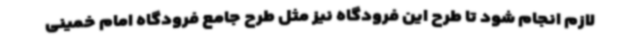
لازم انجام شود تا طرح این فرودگاه نیز مثل طرح جامع فرودگاه امام خمینی